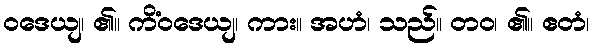
ဝဒေယျ၊ ၏။ ကိံဝဒေယျ၊ ကား။ အဟံ၊ သည်။ တဝ၊ ၏။ ဧတံ၊